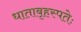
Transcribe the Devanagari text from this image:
धाताबृहस्पतेः